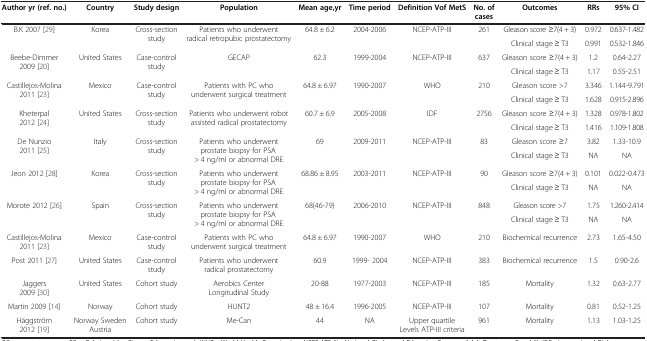
<table><thead><tr><td><b>Author yr (ref. no.)</b></td><td><b>Country</b></td><td><b>Study design</b></td><td><b>Population</b></td><td><b>Mean age,yr</b></td><td><b>Time period</b></td><td><b>Definition Vof MetS</b></td><td><b>No. of cases</b></td><td><b>Outcomes</b></td><td><b>RRs</b></td><td><b>95% CI</b></td></tr></thead><tbody><tr><td rowspan="2">B.K 2007 [29]</td><td rowspan="2">Korea</td><td rowspan="2">Cross-section study</td><td rowspan="2">Patients who underwent radical retropubic prostatectomy</td><td rowspan="2">64.8 ± 6.2</td><td rowspan="2">2004-2006</td><td rowspan="2">NCEP-ATP-III</td><td rowspan="2">261</td><td>Gleason score ≥7(4 + 3)</td><td>0.972</td><td>0.637-1.482</td></tr><tr><td>Clinical stage ≥ T3</td><td>0.991</td><td>0.532-1.846</td></tr><tr><td rowspan="2">Beebe-Dimmer 2009 [20]</td><td rowspan="2">United States</td><td rowspan="2">Case-control study</td><td rowspan="2">GECAP</td><td rowspan="2">62.3</td><td rowspan="2">1999-2004</td><td rowspan="2">NCEP-ATP-III</td><td rowspan="2">637</td><td>Gleason score ≥7(4 + 3)</td><td>1.2</td><td>0.64-2.27</td></tr><tr><td>Clinical stage ≥ T3</td><td>1.17</td><td>0.55-2.51</td></tr><tr><td rowspan="2">Castillejos-Molina 2011 [23]</td><td rowspan="2">Mexico</td><td rowspan="2">Case-control study</td><td rowspan="2">Patients with PC who underwent surgical treatment</td><td rowspan="2">64.8 ± 6.97</td><td rowspan="2">1990-2007</td><td rowspan="2">WHO</td><td rowspan="2">210</td><td>Gleason score &gt;7</td><td>3.346</td><td>1.144-9.791</td></tr><tr><td>Clinical stage ≥ T3</td><td>1.628</td><td>0.915-2.896</td></tr><tr><td rowspan="2">Kheterpal 2012 [24]</td><td rowspan="2">United States</td><td rowspan="2">Cross-section study</td><td rowspan="2">Patients who underwent robot assisted radical prostatectomy</td><td rowspan="2">60.7 ± 6.9</td><td rowspan="2">2005-2008</td><td rowspan="2">IDF</td><td rowspan="2">2756</td><td>Gleason score ≥7(4 + 3)</td><td>1.328</td><td>0.978-1.802</td></tr><tr><td>Clinical stage ≥ T3</td><td>1.416</td><td>1.109-1.808</td></tr><tr><td rowspan="2">De Nunzio 2011 [25]</td><td rowspan="2">Italy</td><td rowspan="2">Cross-section study</td><td rowspan="2">Patients who underwent prostate biopsy for PSA &gt; 4 ng/ml or abnormal DRE</td><td rowspan="2">69</td><td rowspan="2">2009-2011</td><td rowspan="2">NCEP-ATP-III</td><td rowspan="2">83</td><td>Gleason score ≥7</td><td>3.82</td><td>1.33-10.9</td></tr><tr><td>Clinical stage ≥ T3</td><td>NA</td><td>NA</td></tr><tr><td rowspan="2">Jeon 2012 [28]</td><td rowspan="2">Korea</td><td rowspan="2">Cross-section study</td><td rowspan="2">Patients who underwent prostate biopsy for PSA &gt; 4 ng/ml or abnormal DRE</td><td rowspan="2">68.86 ± 8.95</td><td rowspan="2">2003-2011</td><td rowspan="2">NCEP-ATP-III</td><td rowspan="2">90</td><td>Gleason score ≥7(4 + 3)</td><td>0.101</td><td>0.022-0.473</td></tr><tr><td>Clinical stage ≥ T3</td><td>NA</td><td>NA</td></tr><tr><td rowspan="2">Morote 2012 [26]</td><td rowspan="2">Spain</td><td rowspan="2">Cross-section study</td><td rowspan="2">Patients who underwent prostate biopsy for PSA &gt; 4 ng/ml or abnormal DRE</td><td rowspan="2">68(46-79)</td><td rowspan="2">2006-2010</td><td rowspan="2">NCEP-ATP-III</td><td rowspan="2">848</td><td>Gleason score &gt;7</td><td>1.75</td><td>1.260-2.414</td></tr><tr><td>Clinical stage ≥ T3</td><td>NA</td><td>NA</td></tr><tr><td>Castillejos-Molina 2011 [23]</td><td>Mexico</td><td>Case-control study</td><td>Patients with PC who underwent surgical treatment</td><td>64.8 ± 6.97</td><td>1990-2007</td><td>WHO</td><td>210</td><td>Biochemical recurrence</td><td>2.73</td><td>1.65-4.50</td></tr><tr><td>Post 2011 [27]</td><td>United States</td><td>Case-control study</td><td>Patients who underwent radical prostatectomy</td><td>60.9</td><td>1999- 2004</td><td>NCEP-ATP-III</td><td>383</td><td>Biochemical recurrence</td><td>1.5</td><td>0.90-2.6</td></tr><tr><td>Jaggers 2009 [30]</td><td>United States</td><td>Cohort study</td><td>Aerobics Center Longitudinal Study</td><td>20-88</td><td>1977-2003</td><td>NCEP-ATP-III</td><td>185</td><td>Mortality</td><td>1.32</td><td>0.63-2.77</td></tr><tr><td>Martin 2009 [14]</td><td>Norway</td><td>Cohort study</td><td>HUNT2</td><td>48 ± 16.4</td><td>1996-2005</td><td>NCEP-ATP-III</td><td>107</td><td>Mortality</td><td>0.81</td><td>0.52-1.25</td></tr><tr><td>Häggström 2012 [19]</td><td>Norway Sweden Austria</td><td>Cohort study</td><td>Me-Can</td><td>44</td><td>NA</td><td>Upper quartile Levels ATP-III criteria</td><td>961</td><td>Mortality</td><td>1.13</td><td>1.03-1.25</td></tr></tbody></table>